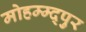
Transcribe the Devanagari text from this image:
मोहम्म्द्पुर